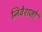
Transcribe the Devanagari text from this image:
निवेशजो